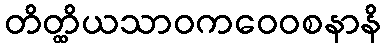
တိတ္ထိယသာဝကဝေဝစနာနိ